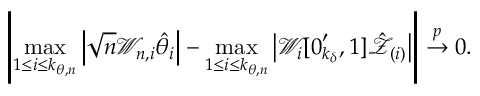
\left\vert \operatorname* { m a x } _ { 1 \leq i \leq k _ { \theta , n } } \left\vert \sqrt { n } \mathcal { W } _ { n , i } \hat { \theta } _ { i } \right\vert - \operatorname* { m a x } _ { 1 \leq i \leq k _ { \theta , n } } \left\vert \mathcal { W } _ { i } [ \boldsymbol { 0 } _ { k _ { \delta } } ^ { \prime } , 1 ] \mathcal { \hat { Z } } _ { ( i ) } \right\vert \right\vert \overset { p } { \rightarrow } 0 .